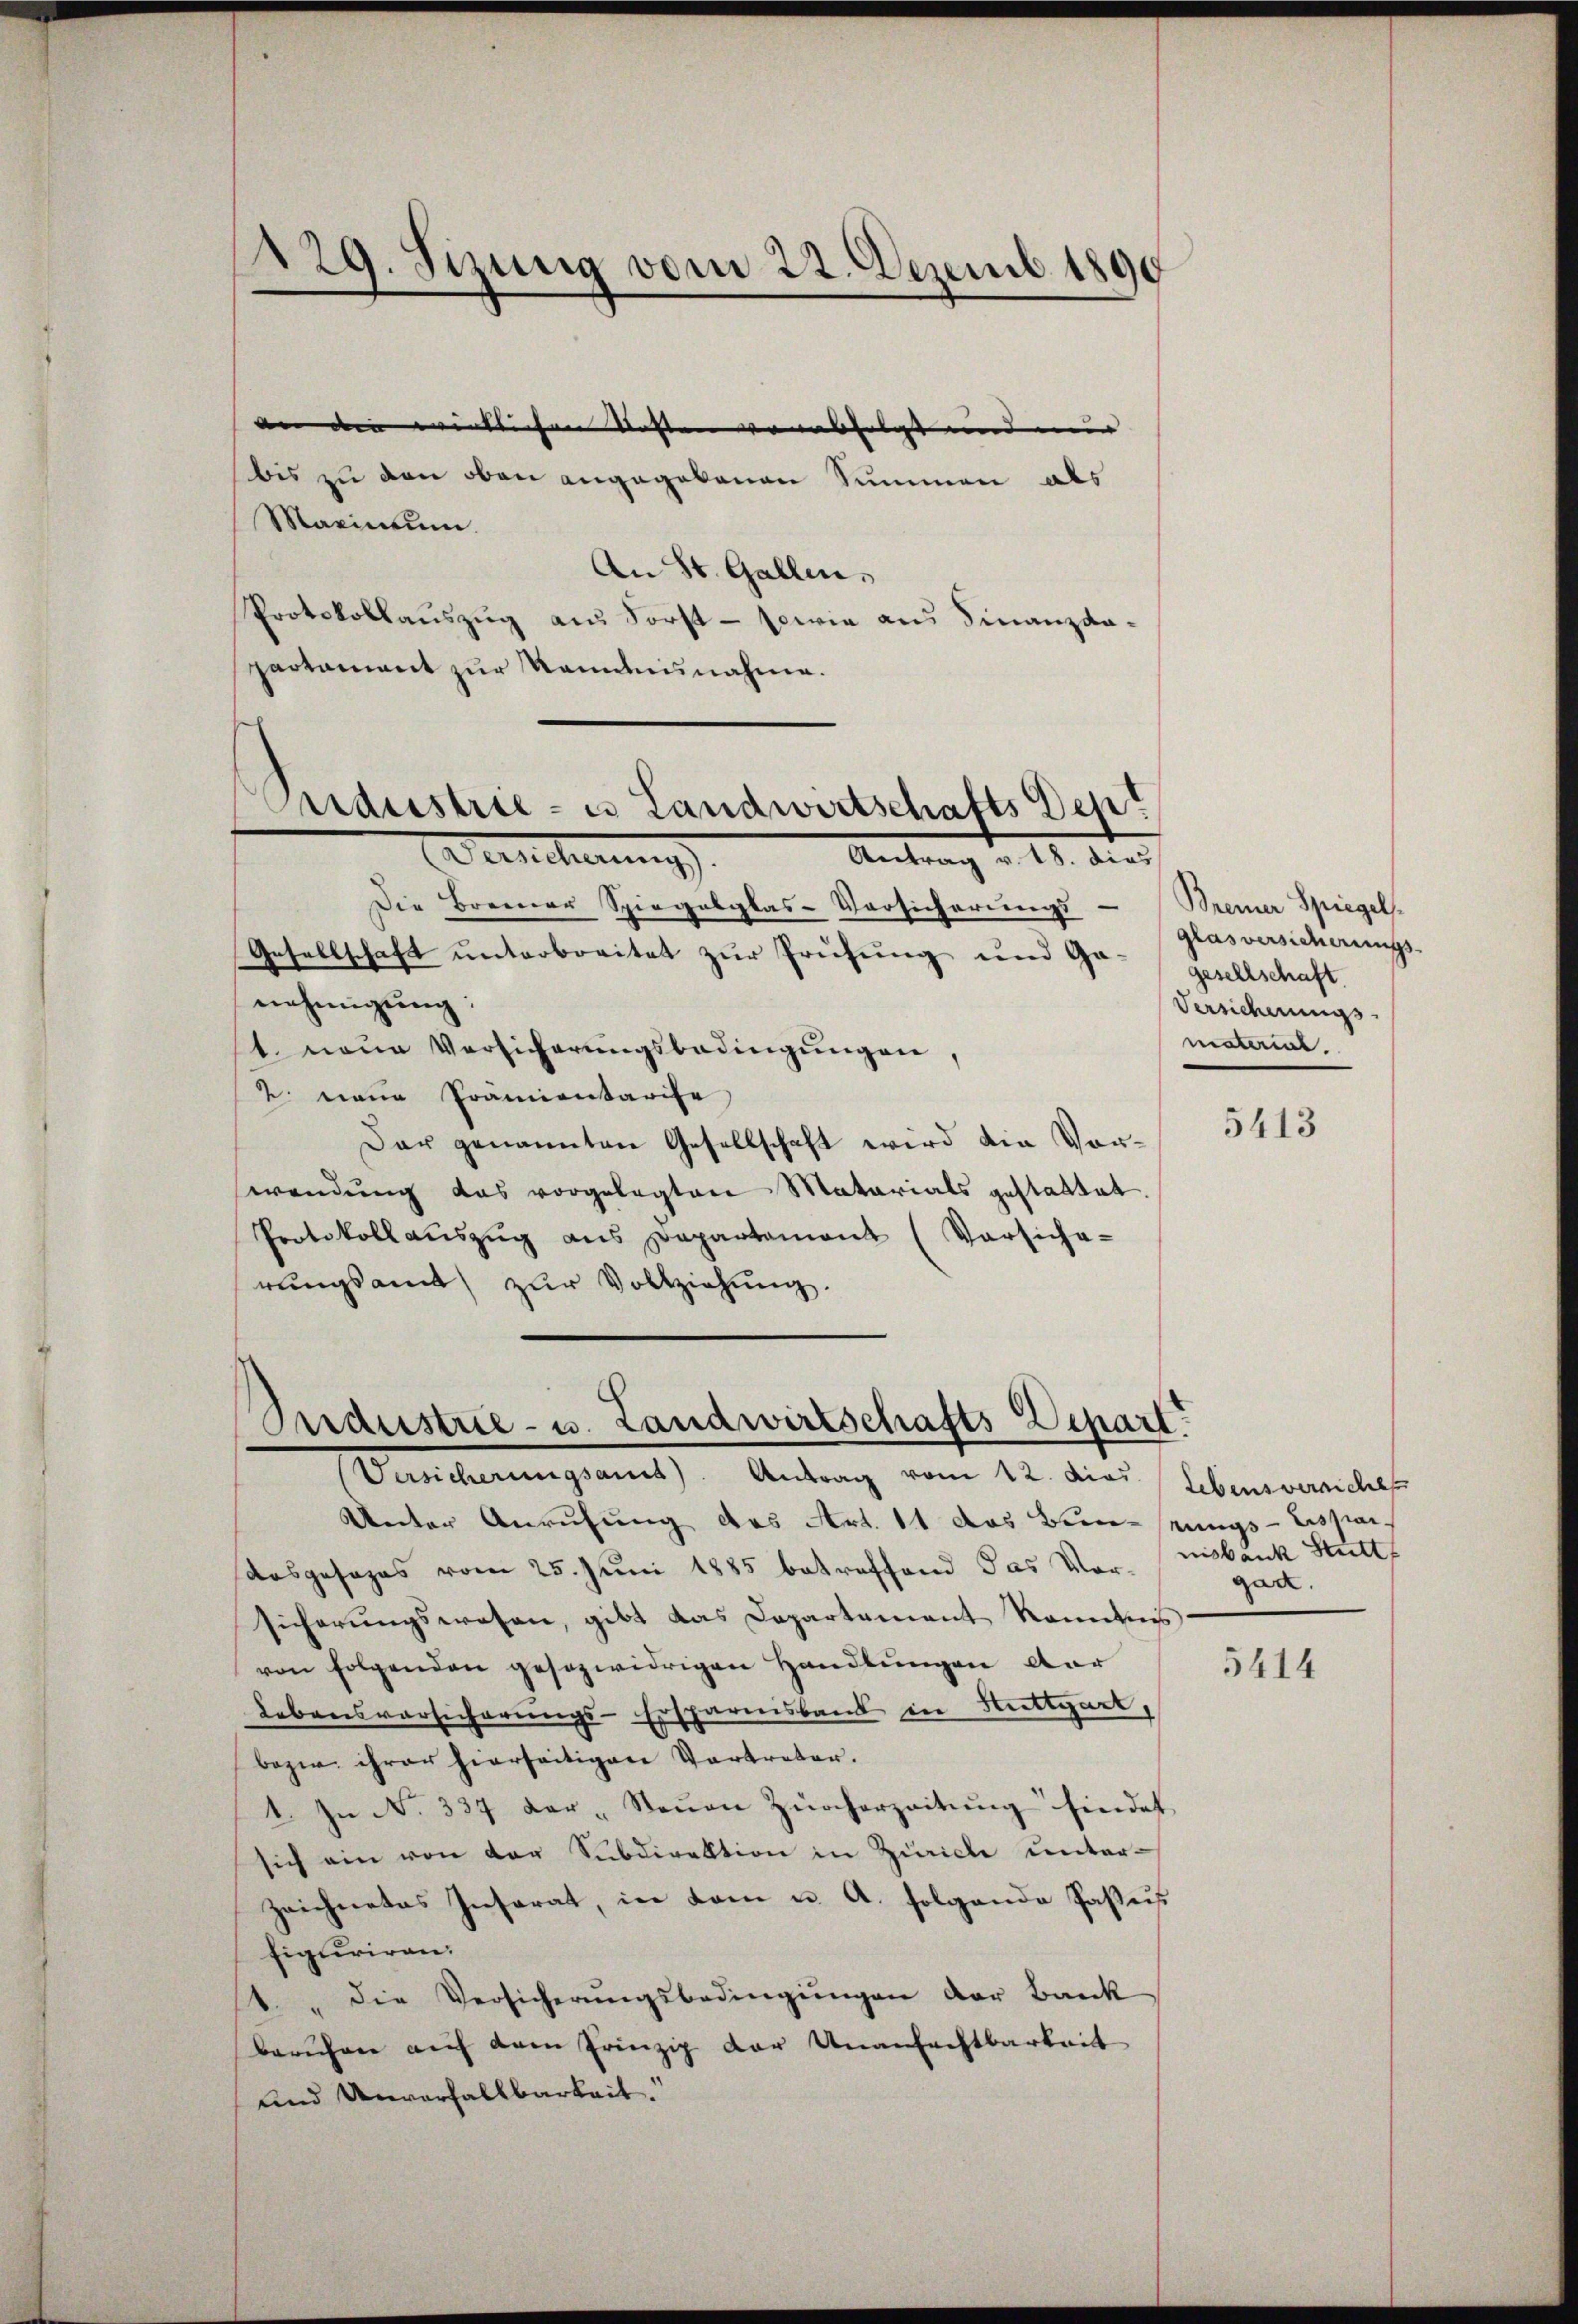
129. Sizung vom 22. Dezemb. 1890

an die wirklichen Kosten verabfolgt und mir
bis zu den oben angegebenen Summen als
Maximum.
An St. Gallen,
Protokollauszug aus Forst - sowie aus Finanzdapartament zur Kenntnisnahme.

Pardustrie- u Landwirtschafts Dep
Berlicherung
Antrag v. 18. dies

Die Brenner Spiegabglas-Vorsicherungs-
Gesellschaft unterbreitet zur Prüfung und Ga-gesellschaft.
nehmigŭng:
1. neue Versicherŭngsbedingŭngen,
2 neue Prämientarise
Dar genannten Gesellschaft wird die Vorwendung das vorgelegten Matarials gestattet.
Protokoll aŭszŭg ans Departement (Vorsiche-
rungsamt zŭr Vollziehŭng.

Industrie- u. Landwirtschafts-Depart.
(Versicherungsant. Antrag vom 12. dies Lebensversiches

Unter Anrufung des Art. 11 das Bunstungs-Lissai
Kosgesages vom 25. Juni 1885 betreffend das Vor-nisbank Stutt
sicherŭngswesen, gibt das Departement kanntnis
von folgenden gesezwidrigen Handlungen dar
Lebensvorsicherungs-Ersparnisbank in Stuttgart,
bezw. ihrer hierseitigen Vertreter.
1. In No. 337 der "Steŭen Zürcherzeitŭng findet
sich ein von der Subdirektion in Zürich unterzeichnetes Insarat, in kam u. A. folgende Pasus
figuriren.
1. " die Versicherŭngsbedingŭngen der Banck
Beruhen auf dem Prinzip der Unanfechtbarkeit
und Unvorfallbarkeit.

Brenner Spiegels
glas versicherungs-
Versicherungs
material.

5413

gart.

5414